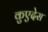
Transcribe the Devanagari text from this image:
कुएदेस